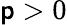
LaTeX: \mathsf{p}>0